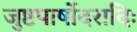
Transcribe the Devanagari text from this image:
जुष्टपार्षोदरादिः